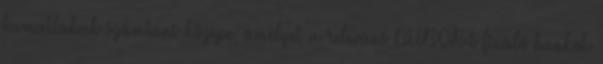
kamatlábak számtani közepe, amelyet a releváns BUBOR-t fixáló bankok